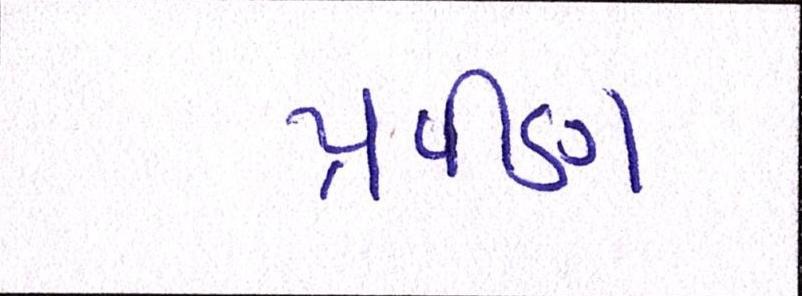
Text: પ્રવીણ